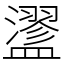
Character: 䀊